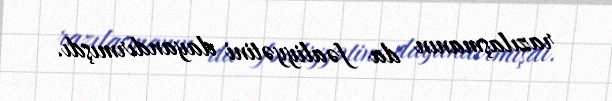
razılaşmanın da fəaliyyətini dayandırmışdı.